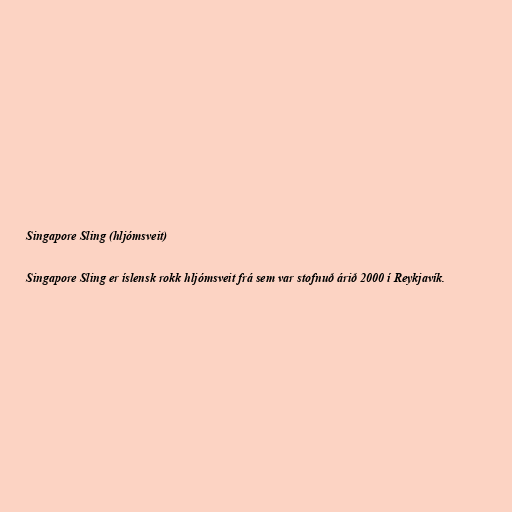
Singapore Sling (hljómsveit)

Singapore Sling er íslensk rokk hljómsveit frá sem var stofnuð árið 2000 í Reykjavík.